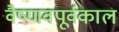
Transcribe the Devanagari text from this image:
वैष्णवपूर्वकाल